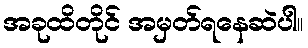
အခုထိတိုင် အမှတ်ရနေဆဲပါ။